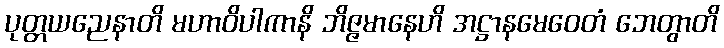
ပုတ္တယညေနာတိ မဟာဝိပါကာနိ ဘိဇ္ဇမာနေဟိ အဋ္ဌာနမေဝေတံ ဘေတွာတိ